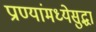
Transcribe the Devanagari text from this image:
प्राण्यांमध्येसुद्धा